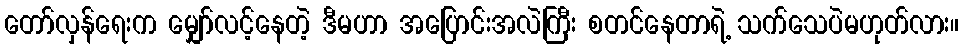
တော်လှန်ရေးက မျှော်လင့်နေတဲ့ ဒီမဟာ အပြောင်းအလဲကြီး စတင်နေတာရဲ့ သက်သေပဲမဟုတ်လား။